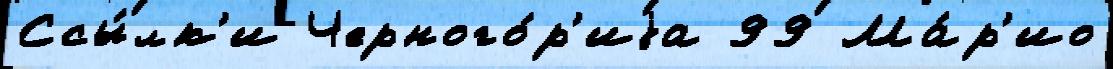
Ссы́лк'и Черного́р'иjа 99 Ма́р'ио